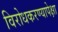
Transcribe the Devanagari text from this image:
विरोधकरण्यापेक्षा